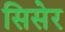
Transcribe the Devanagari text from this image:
सिसेर